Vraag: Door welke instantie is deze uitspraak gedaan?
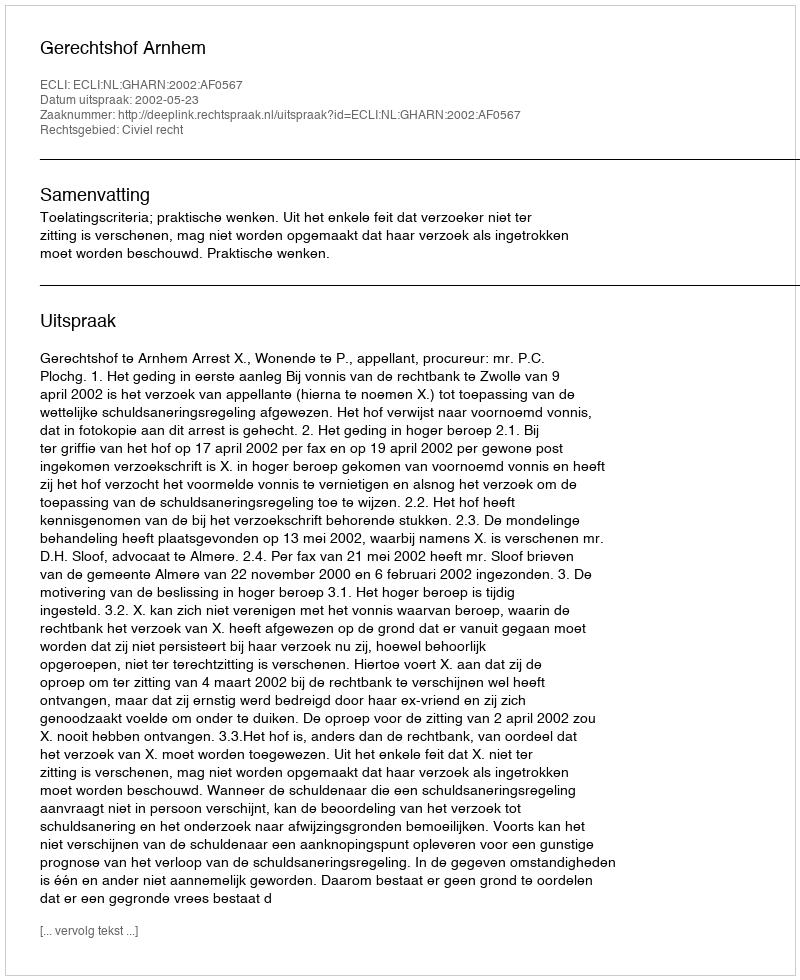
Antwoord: Gerechtshof Arnhem